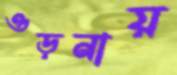
ওড়নায়